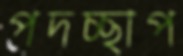
পদচ্ছাপ